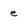
Character: e